Vaccination report Assam 1896-1927 - 1896-1927
Year: 1896
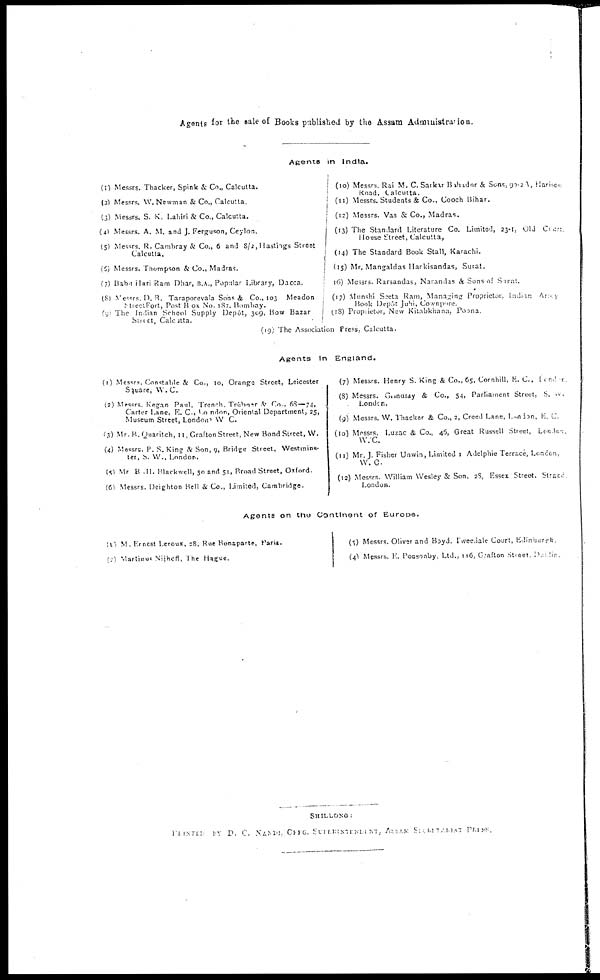
Agents for the Sale of Books published by the Assam Administration.
Agents in India.
(1) Messrs. Thacker, Spink & Co., Calcutta.
(2) Messrs. W.Newman & Co., Calcutta.
(3) Messrs. S. K. Lahiri & Co., Calcutta.
(4) Messrs. A. M. and J. Ferguson, Ceylon.
(5) Messrs. R. Cambray & Co., 6 and 8/2, Hastrigs Street
Calcutta.
(6) Messrs. Thompson & Co., Madras.
(7) Babrilari Ram Dhar, B.A., Popular Library, Dacca.
(8) Messrs D. B. Taraporevala Sons & Co, 103 Meadon
Stretfort, Post Box No 187. Bombay.
(9) The Indian School Supply Depôt, 309, Bow Bazar
Street, Calcutta.
(10) Messrs. Rai M. C. Sarkar Bahadur & Sons, 90-2 , Harison
Road, Calcutta.
(11) Messrs. Students & Co , Cooch Bihar.
(12) Messrs. Vas & Co., Madras.
(13) The Standard Literature Co. Limited, 23-1, Old Caurt
House Street, Calcutta,
(14) The Standard Book Stall, Karachi.
(15) Mr. Mangaldas Harkisandas, Surat.
16) Messrs. Rarsandas, Narandas & Sons of Surat.
(17) Munshi Seeta Ram, Managing Proprietor Iindian Army
Book Depôt Juhi, Covnpore.
(18) Proprietor, New Kitabkhana, Poona
(19)The Association Press, Calcutta.
Agents In England.
(1) Messrs Constable & Co., 10, Orange Street, Leicester
square, W. C.
(2) Messrs Kegan Paul, Irench Trubar Co . 68—74,
Carter Lane, E. C, London, Oriental Department, 25,
Museum Street, London W C.
(3) Mr.B.Quaritch, 11, Grafton Street, New Bond Street, W.
(4) Messrs. P.S.King & Son, 9, Bridge Street, Westmins-
ter, S W., London.
(5)Mr B .H. Blackwell, 50 and 51, Broad Street, Oxford.
(6) Messrs. Deighton Bell & Co., Limited, Cambridge.
(7) Messrs. Henry S. King & Co., 65, Cornhill, E. C., London
(8) Messrs. Girndlay & Co., 54, Parliament Street, S. W.
Londan.
(9) Messrs. W. Thacker & Co , 2, Creed Lane, London, L. C
(10) Messrs. Luzac & Co., 46, Great Russell Street, Landon.
W. C.
(11) Mr J. Fisher Unwin, Limited 1 Adelphie Terrace, London,
W. C
(12) Messrs William Wesley & Son. 28, Essex Street, Street
London.
Agents on the Continent of Europe.
(1) M Ernest Leroux, 28, Rue Bonaparte, Paris.
(2) Martinus Nijheff the Hague.
(3) Messrs. Oliver and Boyd. I weedale Court, Edinburgh
(4) Messrs.F. Ponsonby, Ltd., 116, C afton Street in London.
SHILLONG
PRINTED
BY D. C. NANDI OFFG SUPERINTENDENT,ASSM SECRETARIAT
PRESS